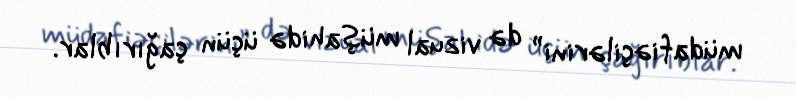
müdafiəçilərini” də vizual müşahidə üçün çağırıblar.